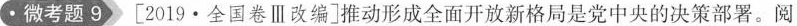
·微考题9[2019·全国卷Ⅲ改编]推动形成全面开放新格局是党中央的决策部署。阅